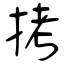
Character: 拷